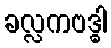
ခလ္လကဗဒ္ဓါ